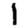
Digit: 1